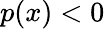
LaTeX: p(x)<0